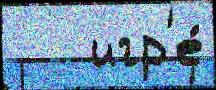
   игр'е́